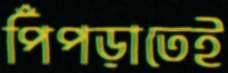
পিঁপড়াতেই